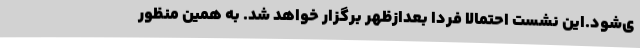
ی‌شود.این نشست احتمالا فردا بعدازظهر برگزار خواهد شد. به همین منظور